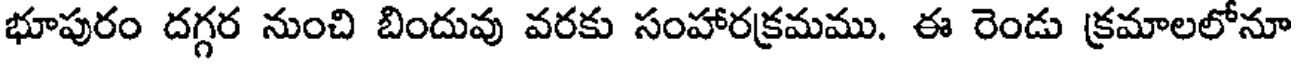
భూపురం దగ్గర నుంచి బిందువు వరకు సంహారక్రమము. ఈ రెండు క్రమాలలోనూ